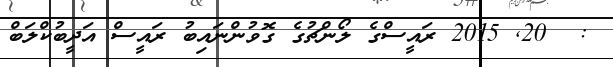
:  20